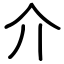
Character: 介